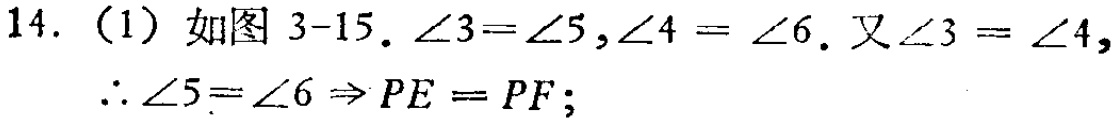
14. （1）如图 3-15. $\angle3 = \angle5,\angle4 = \angle6$. 又$\angle3 = \angle4,$
$\therefore \angle5=\angle6 \Rightarrow PE = PF;$